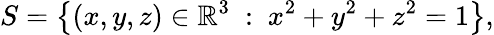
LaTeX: S=\left\{ (x,y,z)\in\mathbb{R}^{3}\ :\ x^{2}+y^{2}+z^{2}=1\right\} ,